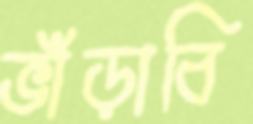
ভাঁড়াবি